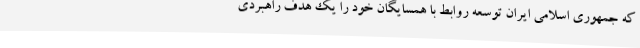
که جمهوری اسلامی ایران توسعه روابط با همسایگان خود را یک هدف راهبردی